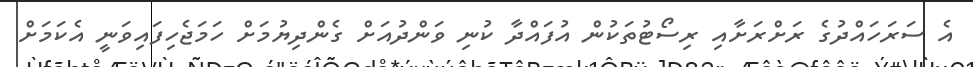
އެ ސަރަހައްދުގެ ރަށްރަށާއި ރިސޯޓުތަކުން އުފައްދާ ކުނި ވަންދުއަށް ގެންދިޔުމަށް ހަމަޖެހިފައިވަނީ އެކަމަށް